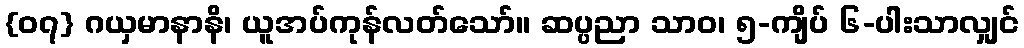
{၀၇} ဂယှမာနာနိ၊ ယူအပ်ကုန်လတ်သော်။ ဆပ္ပညာ သာဝ၊ ၅-ကျိပ် ၆-ပါးသာလျှင်